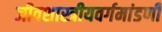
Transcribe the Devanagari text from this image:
जीवशास्त्रीयवर्गमांडणी